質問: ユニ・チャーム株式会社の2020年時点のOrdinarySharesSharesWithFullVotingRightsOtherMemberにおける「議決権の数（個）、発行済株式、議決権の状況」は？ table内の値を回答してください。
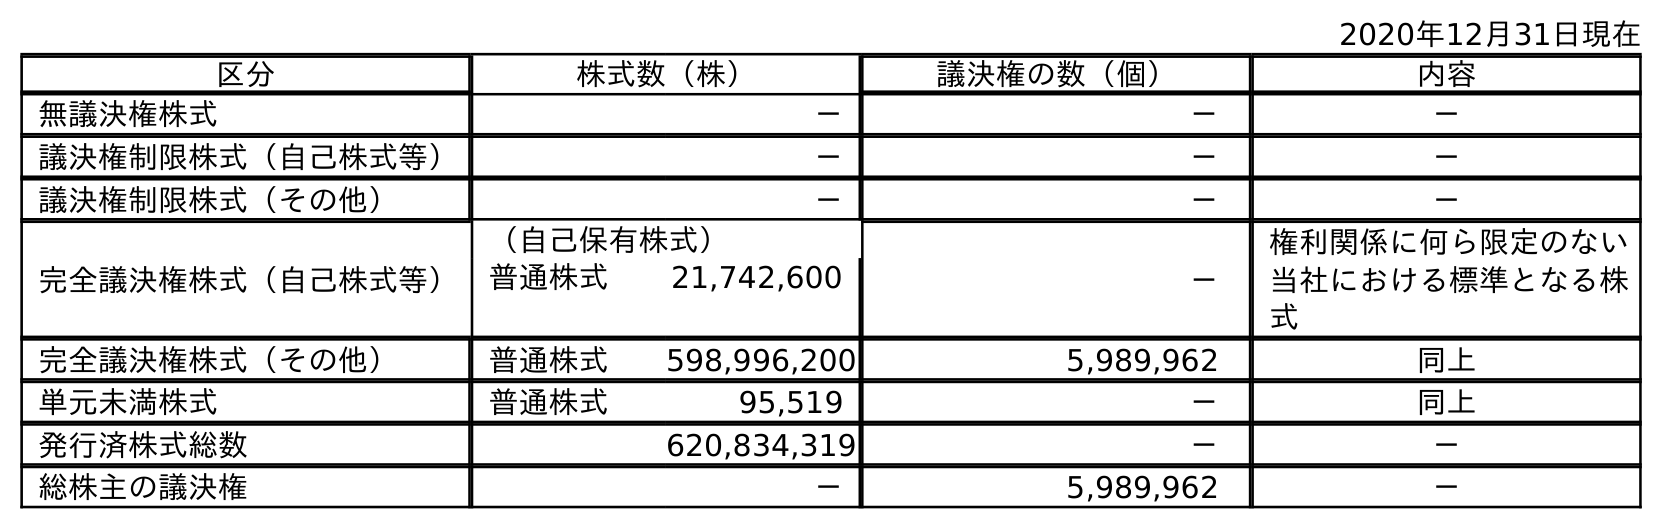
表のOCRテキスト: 2020年12月31日現在 区分 株式数（株） 議決権の数（個） 内容 無議決権株式 － － － 議決権制限株式（自己株式等） － － － 議決権制限株式（その他） － － － 完全議決権株式（自己株式等） （自己保有株式） － 権利関係に何ら限定のない 当社における標準となる株 式 普通株式 21,742,600 完全議決権株式（その他） 普通株式 598,996,200 5,989,962 同上 単元未満株式 普通株式 95,519 － 同上 発行済株式総数 620,834,319 － － 総株主の議決権 － 5,989,962 －
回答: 5,989,962